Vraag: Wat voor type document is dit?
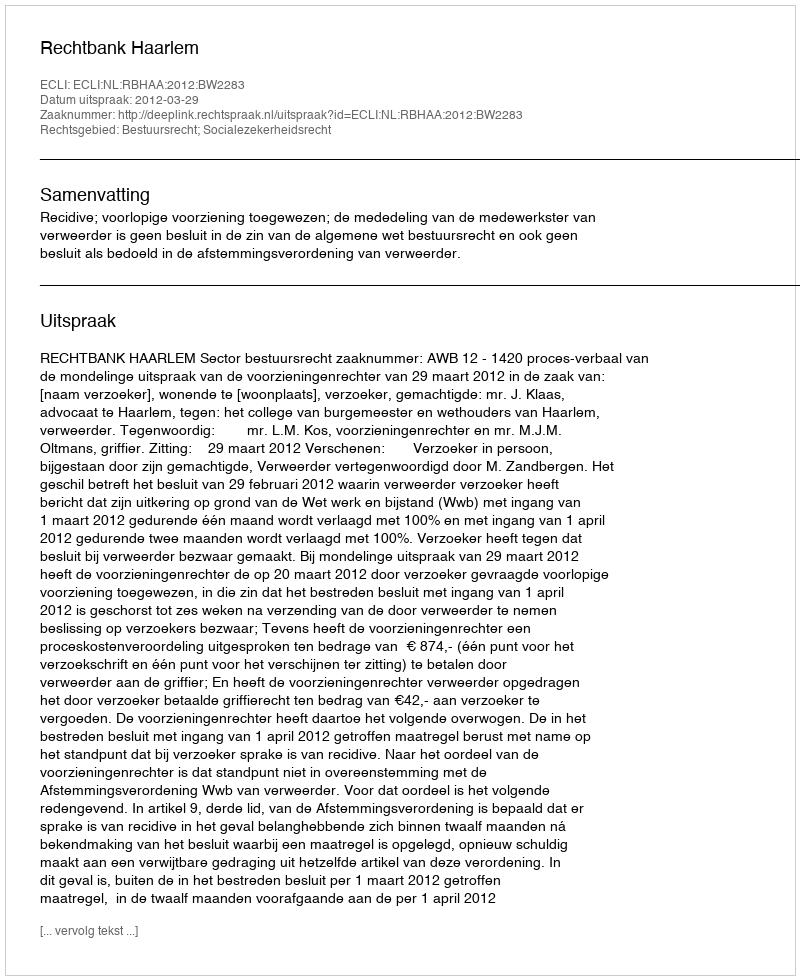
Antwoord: Uitspraak